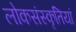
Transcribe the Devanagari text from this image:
लोकसंस्कृतियां